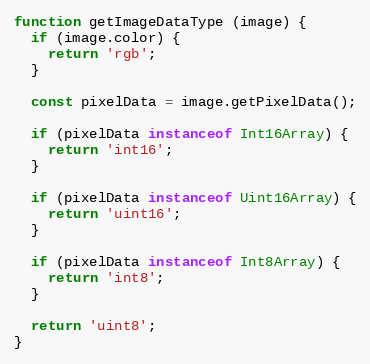
Language: JavaScript
function getImageDataType (image) {
  if (image.color) {
    return 'rgb';
  }

  const pixelData = image.getPixelData();

  if (pixelData instanceof Int16Array) {
    return 'int16';
  }

  if (pixelData instanceof Uint16Array) {
    return 'uint16';
  }

  if (pixelData instanceof Int8Array) {
    return 'int8';
  }

  return 'uint8';
}